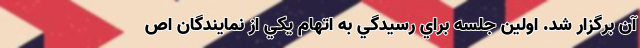
آن برگزار شد. اولين جلسه براي رسيدگي به اتهام يكي از نمايندگان اص